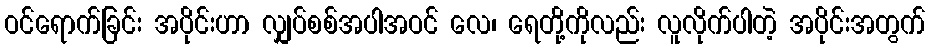
ဝင်ရောက်ခြင်း အပိုင်းဟာ လျှပ်စစ်အပါအဝင် လေ၊ ရေတို့ကိုလည်း လူလိုက်ပါတဲ့ အပိုင်းအတွက်